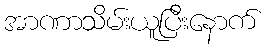
အာဏာသိမ်းယူပြီးနောက်